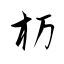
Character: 杤